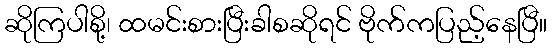
ဆိုကြပါစို့၊ ထမင်းစားပြီးခါစဆိုရင် ဗိုက်ကပြည့်နေပြီ။